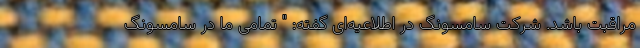
مراقبت باشد. شرکت سامسونگ در اطلاعیه‌ای گفته: " تمامی ما در سامسونگ